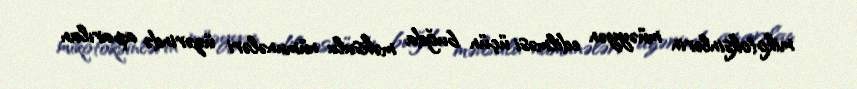
mikotoksinlərin müəyyən edilməsi üçün buğda məhsulu nümunələri üzərində aparılan